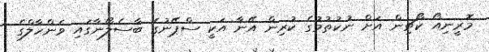
މޮރީނިއޯ ކޯޗިން އަށް ނުކުތުމުގެ ކުރިން އޭނާ އަކީ ސްޕޭނުގެ ބާސެލޯނާގައި ވެންހާލްގެ